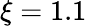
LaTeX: \xi=1.1